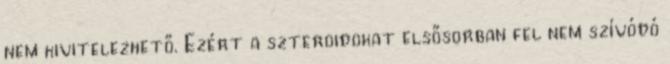
nem kivitelezhető. Ezért a szteroidokat elsősorban fel nem szívódó